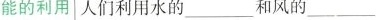
能的利用人们利用水的___和风的___